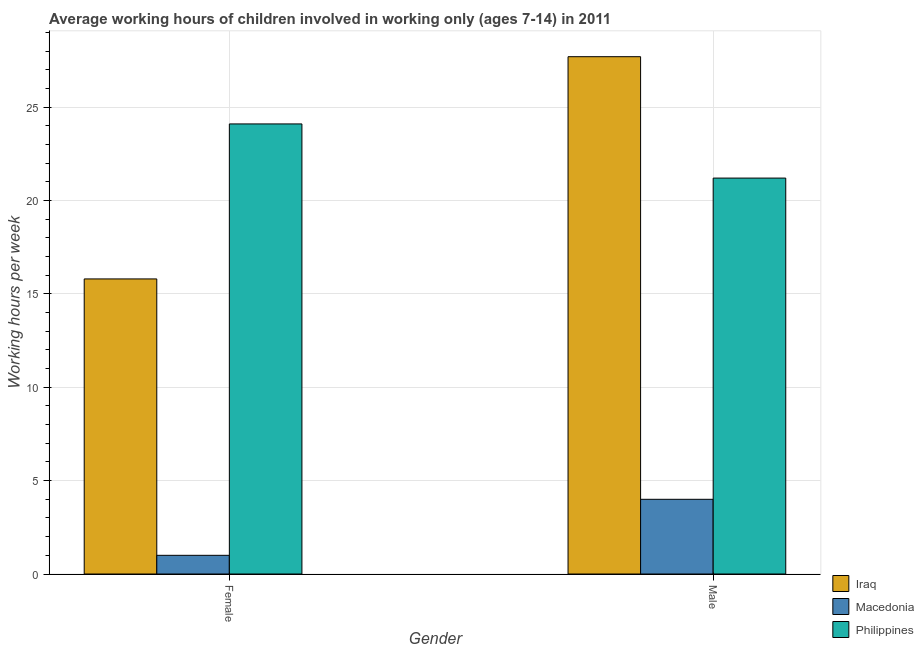
| Gender | Iraq | Macedonia | Philippines |
 | --- | --- | --- | --- |
 | Female | 15.8 | 1 | 24.1 |
 | Male | 27.7 | 4 | 21.2 |